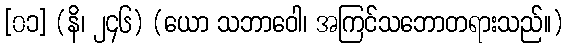
[၀၁] (နိ၊ ၂၄၆) (ယော သဘာဝေါ၊ အကြင်သဘောတရားသည်။)